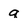
Character: q